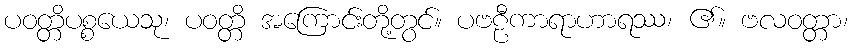
ပဝတ္တိပစ္စယေသု၊ ပဝတ္တိ အကြောင်းတို့တွင်။ ပဗဠီကာရာဟာရဿ၊ ၏။ ဗလဝတ္တာ၊